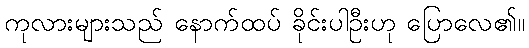
ကုလားများသည် နောက်ထပ် ခိုင်းပါဦးဟု ပြောလေ၏။